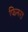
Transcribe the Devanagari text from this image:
फिनरा